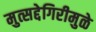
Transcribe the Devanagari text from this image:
मुत्सद्देगिरीमुळे